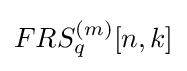
FRS_{q}^{(m)}[n,k]